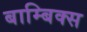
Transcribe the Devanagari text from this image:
बाम्बिक्स